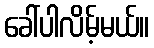
ခေါ်ပါလိမ့်မယ်။